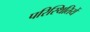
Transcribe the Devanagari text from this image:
परिस्थितियें